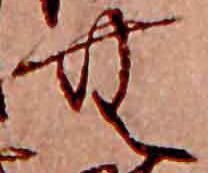
む